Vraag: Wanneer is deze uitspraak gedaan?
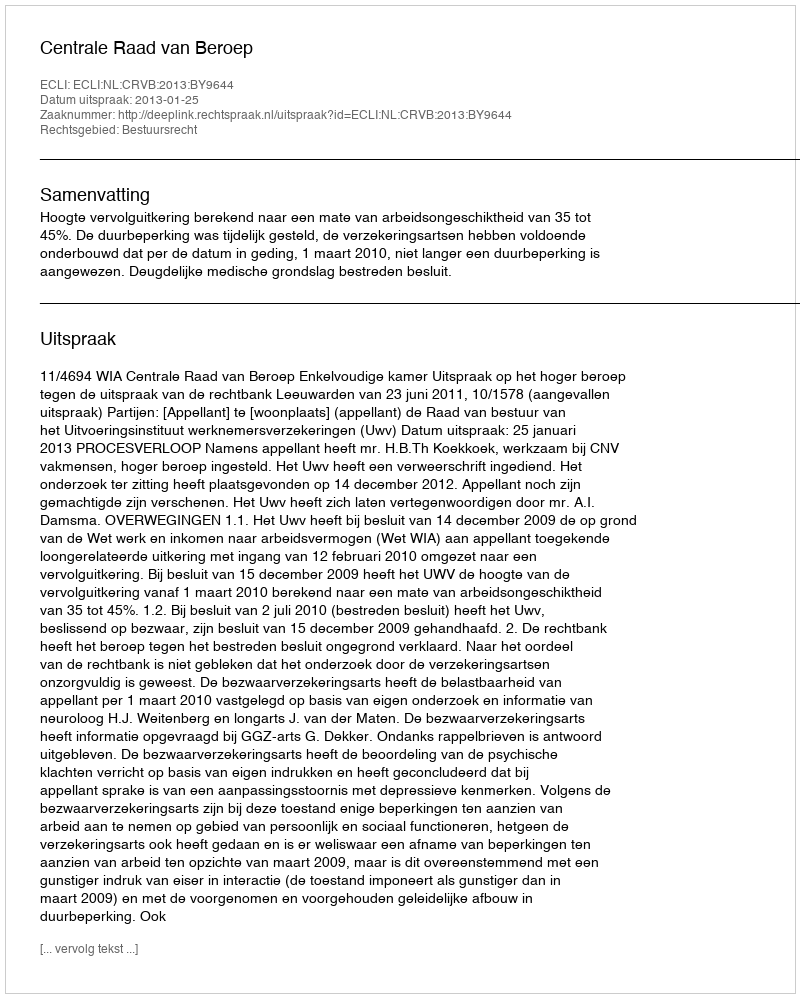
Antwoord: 2013-01-25